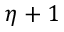
\eta + 1